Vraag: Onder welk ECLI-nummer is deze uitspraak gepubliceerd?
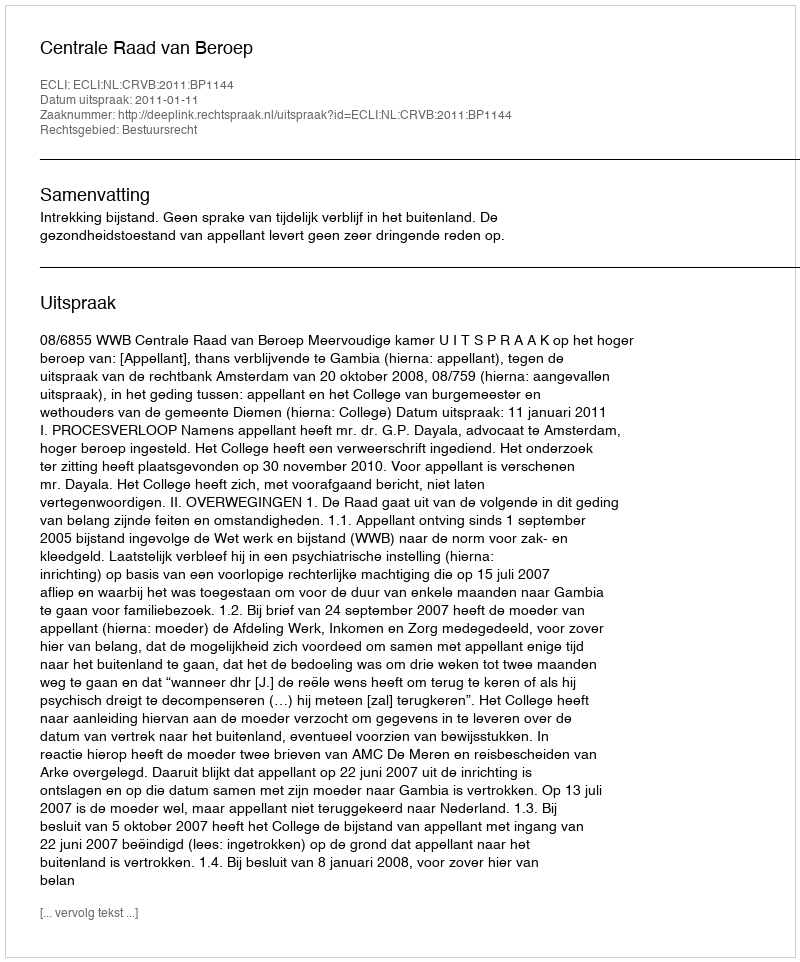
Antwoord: ECLI:NL:CRVB:2011:BP1144